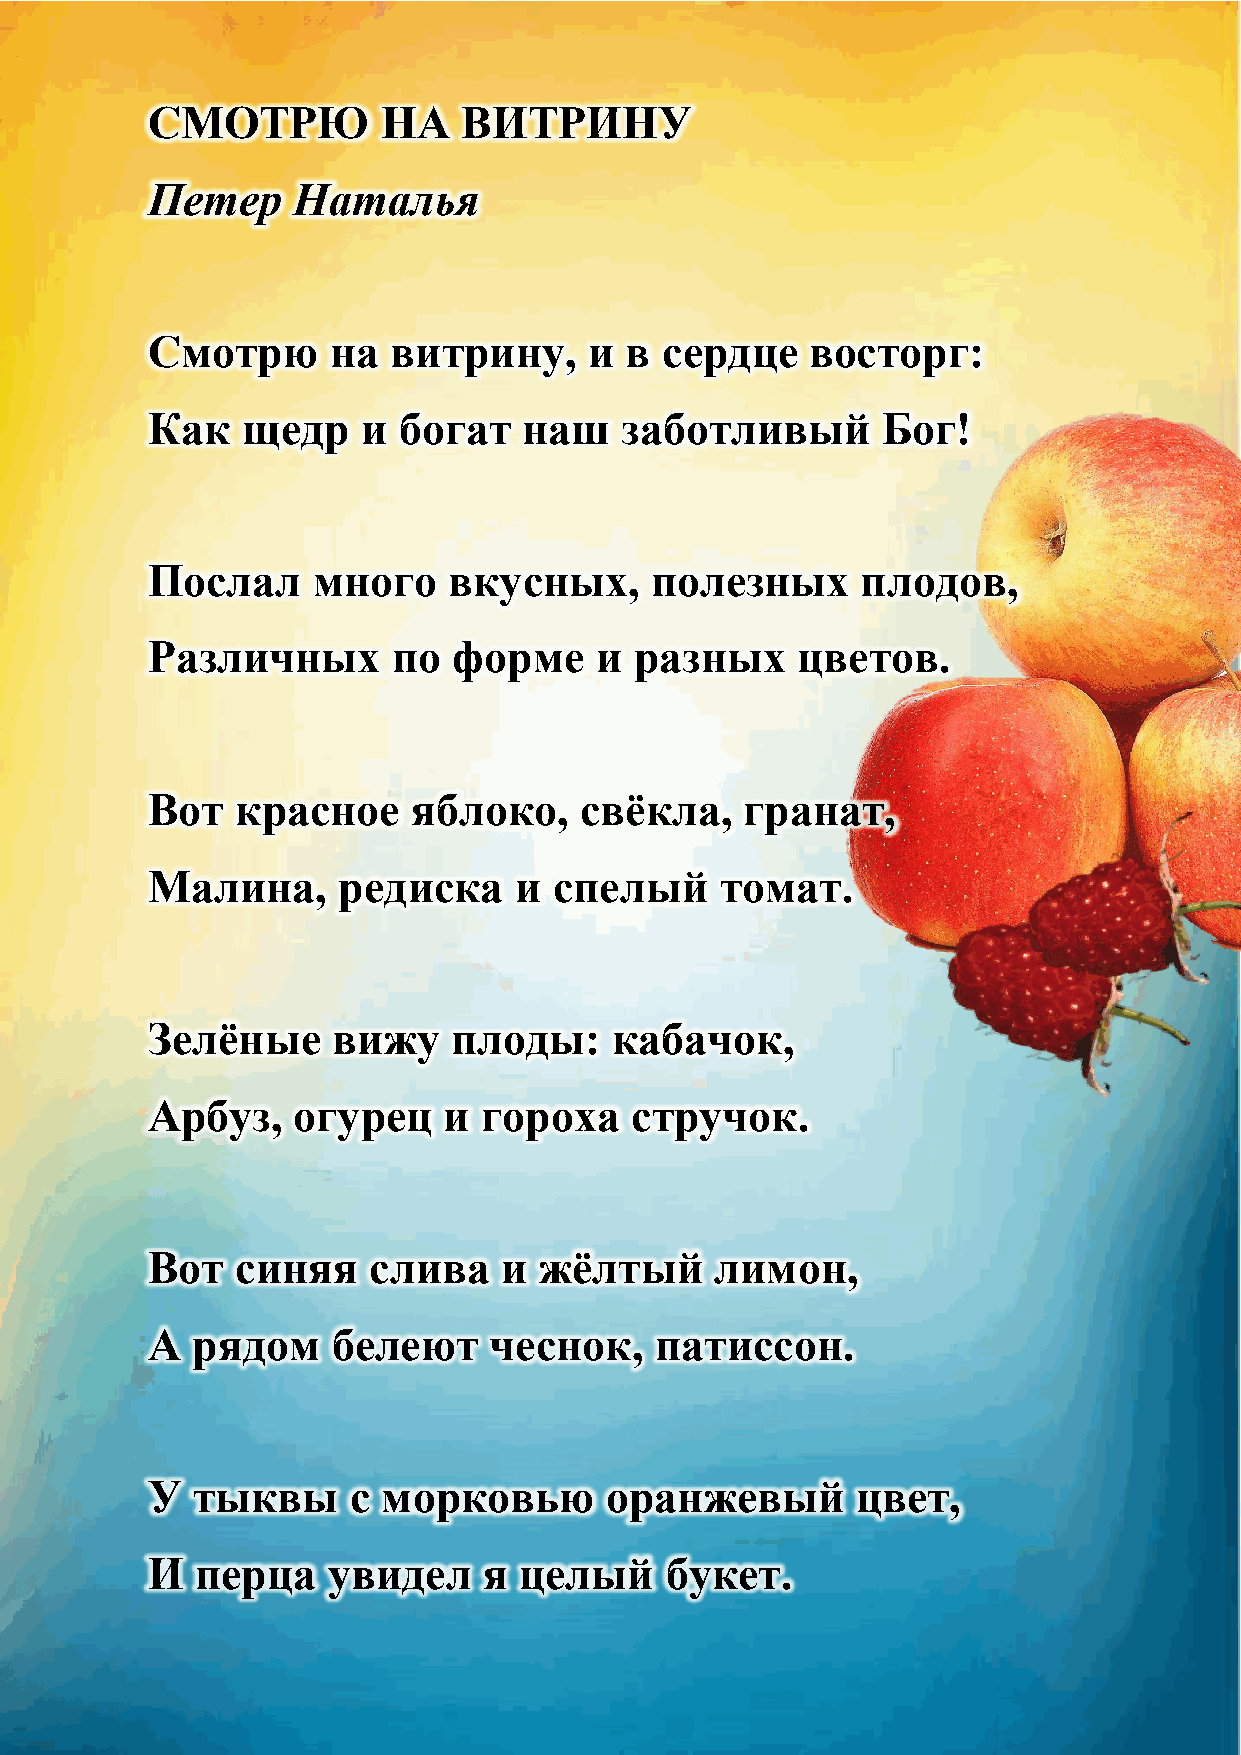
СМОТРЮ         НА    ВИТРИНУ
 Петер    Наталья
 Смотрю      на  витрину,     и в  сердце    восторг:
 Как   щедр    и богат    наш   заботливый       Бог!
 Послал     много    вкусных,     полезных      плодов,
 Различных       по  форме    и  разных     цветов.
 Вот   красное    яблоко,    свѐкла,    гранат,
 Малина,     редиска     и  спелый     томат.
 Зелѐные     вижу    плоды:     кабачок,
 Арбуз,   огурец    и  гороха    стручок.
 Вот   синяя   слива    и  жѐлтый     лимон,
 А  рядом    белеют    чеснок,    патиссон.
 У  тыквы     с морковью       оранжевый        цвет,
 И  перца    увидел    я целый     букет.